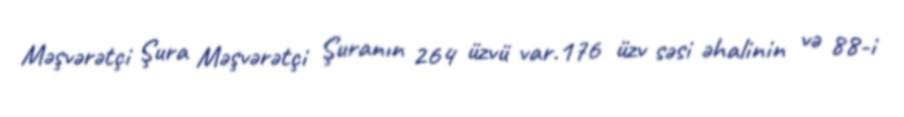
Məşvərətçi Şura Məşvərətçi Şuranın 264 üzvü var.176 üzv səsi əhalinin və 88-i